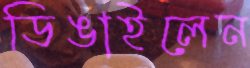
ডিঙাইলেন